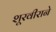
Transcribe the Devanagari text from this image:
शूरवीराने